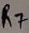
Text: R7